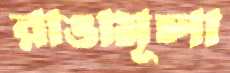
রাঙামূলা